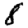
Digit: 8